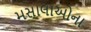
મસાલાઓના